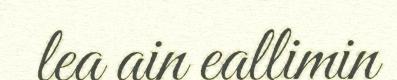
lea ain eallimin